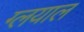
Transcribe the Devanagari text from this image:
ग्लयाल